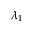
\lambda _ { 1 }